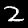
Label: 2